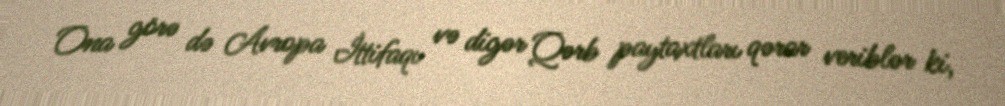
Ona görə də Avropa İttifaqı və digər Qərb paytaxtları qərar veriblər ki,